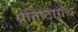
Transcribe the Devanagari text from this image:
प्रतिष्ठाग्रंथ